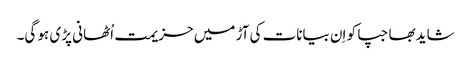
شایدبھاجپا کو اِن بیانات کی آڑ میں حزیمت اُٹھانی پڑی ہو گی۔